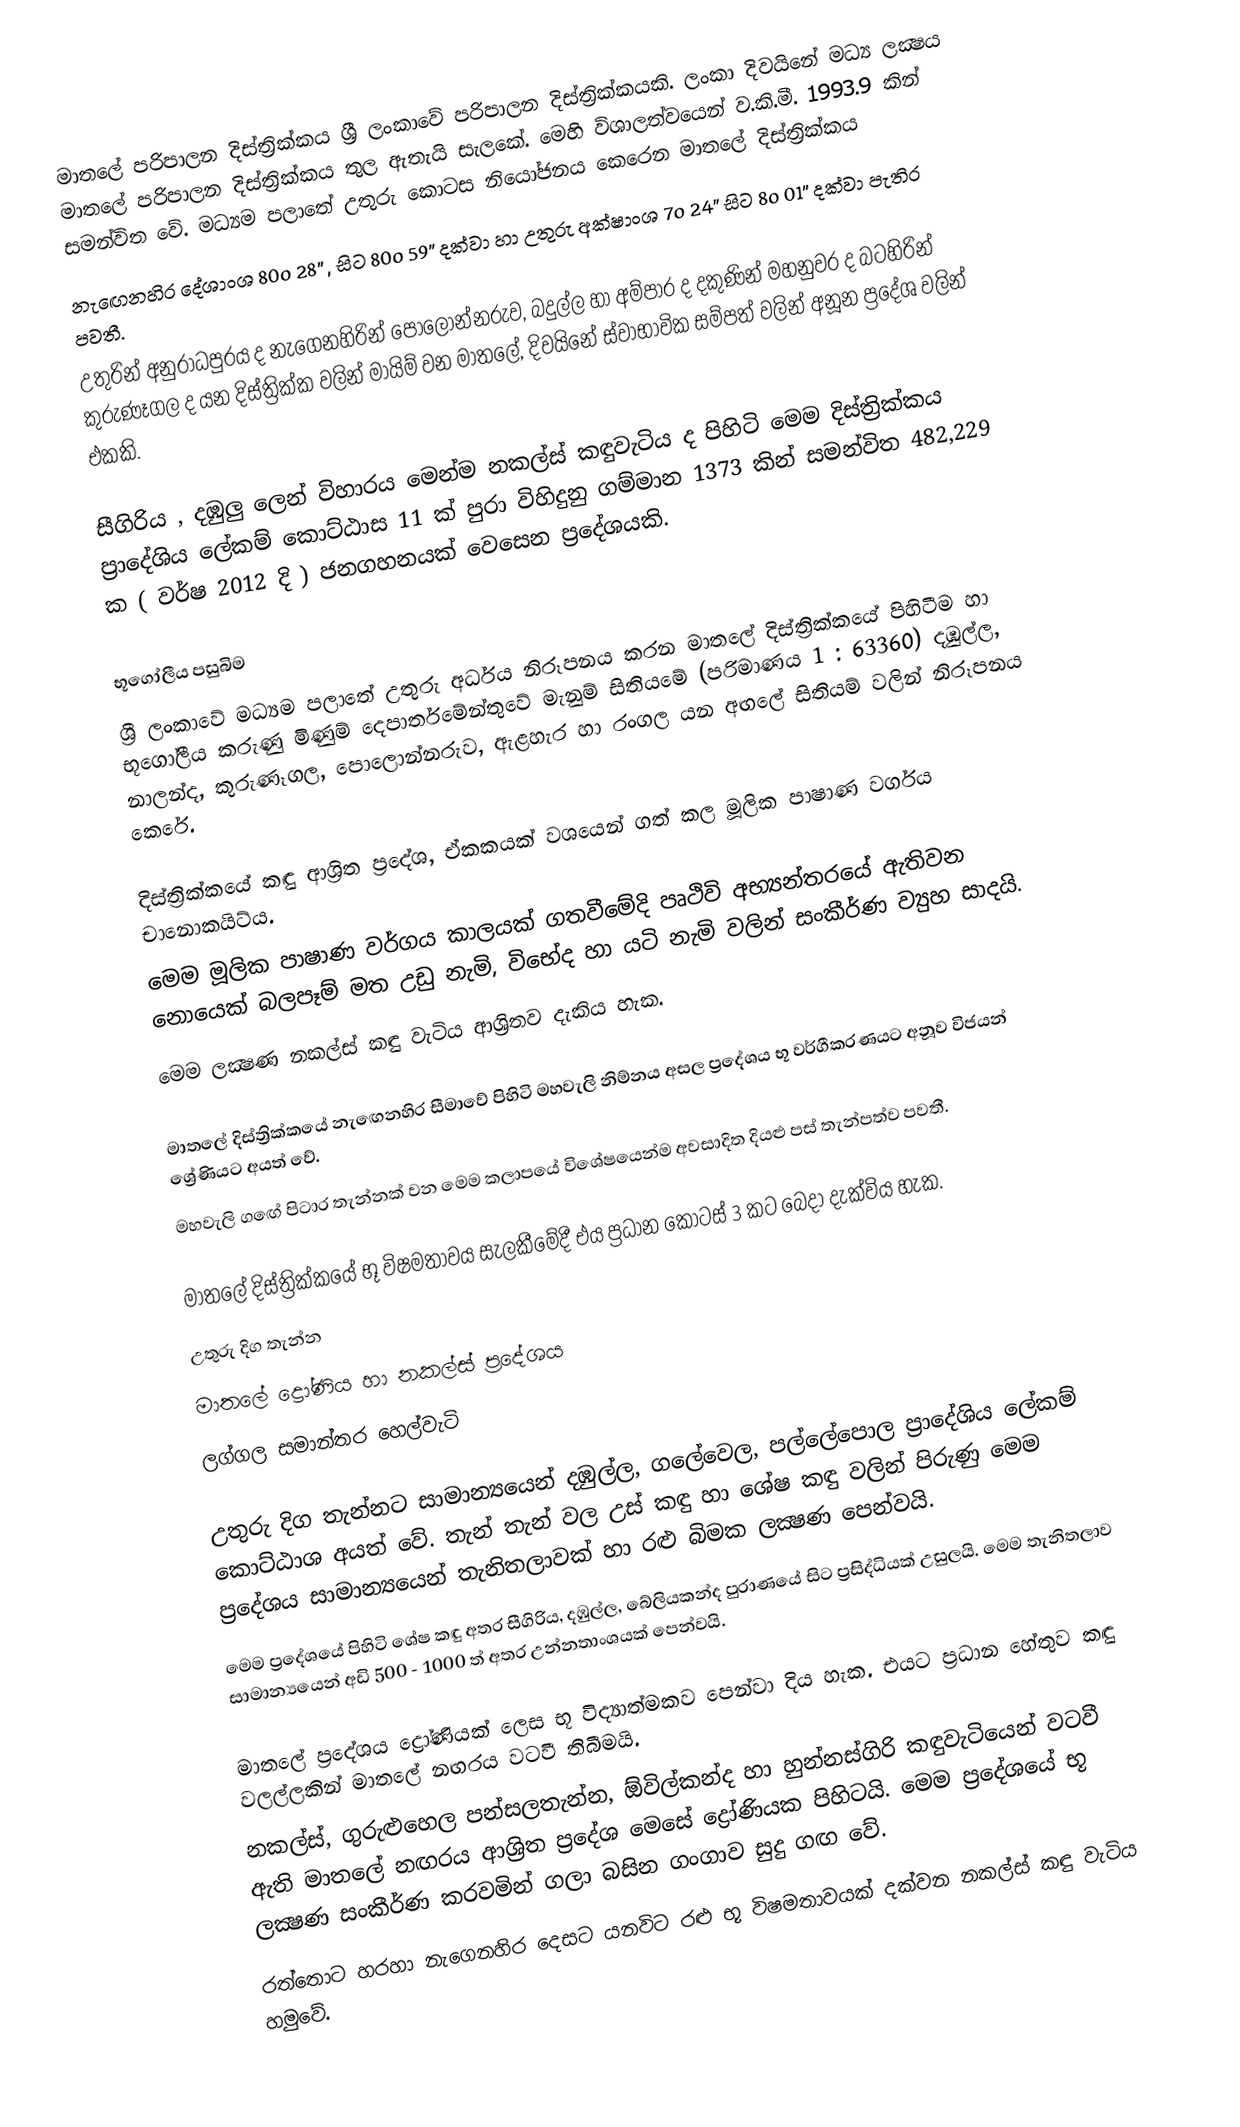
මාතලේ පරිපාලන දිස්ත්‍රික්කය ශ්‍රී ලංකාවේ පරිපාලන දිස්ත්‍රික්කයකි. ලංකා දිවයිනේ මධ්‍ය ලක්‍ෂය මාතලේ පරිපාලන දිස්ත්‍රික්කය තුල ඇතැයි සැලකේ.  මෙහි විශාලත්වයෙන් ව.කි.මී. 1993.9 කින් සමන්විත වේ. මධ්‍යම පලාතේ උතුරු කොටස නියෝජනය කෙරෙන මාතලේ දිස්ත්‍රික්කය
නැ‍ඟෙනහිර දේශාංශ 80º 28” , සිට 80º 59”  දක්වා හා උතුරු අක්ෂාංශ 7º 24” සිට 8º 01” දක්වා පැතිර පවතී.
උතුරින් අනුරාධපුරය ද නැ‍ගෙනහිරින් පොලොන්නරුව, බදුල්ල හා අම්පාර ද දකුණින් මහනුවර ද බටහිරින් කුරුණෑගල ද යන දිස්ත්‍රික්ක වලින් මායිම් වන මාතලේ, දිවයිනේ ස්වාභාවික සම්පත් වලින් අනූන ප්‍රදේශ වලින් එකකි.

සීගිරිය , දඹුලු ලෙන් විහාරය මෙන්ම නකල්ස් කඳුවැටිය ද පිහිටි මෙම දිස්ත්‍රික්කය ප්‍රාදේශිය ලේකම් කොට්ඨාස 11 ක් පුරා විහිදුනු ගම්මාන 1373 කින් සමන්විත 482,229 ක ( වර්ෂ 2012 දි )  ජනගහනයක් වෙසෙන ප්‍රදේශයකි.

භූගෝලීය පසුබිම
ශ්‍රී ලංකාවේ මධ්‍යම පලාතේ උතුරු අර්ධය නිරූපනය කරන මාතලේ දිස්ත්‍රික්කයේ පිහිටීම හා භූගෝලීය කරුණු මිණුම් දෙපාර්තමේන්තුවේ මැනුම් සිතියමේ (පරිමාණය 1 : 63360) දඹුල්ල, නාලන්ද, කුරුණෑගල, පොලොන්නරුව, ඇළහැර හා රංගල යන අඟලේ සිතියම් වලින් නිරූපනය කෙරේ.

දිස්ත්‍රික්කයේ කඳු ආශ්‍රිත ප්‍රදේශ, ඒකකයක් වශයෙන් ගත් කල මූලික පාෂාණ වර්ගය චානොකයිට්ය.
මෙම මූලික පාෂාණ වර්ගය කාලයක් ගතවීමේදි පෘථිවි අභ්‍යන්තරයේ ඇතිවන නොයෙක් බලපෑම් මත උඩු නැමි, විභේද හා යටි නැමි වලින් සංකීර්ණ ව්‍යුහ සාදයි.
මෙම ලක්‍ෂණ නකල්ස් කඳු වැටිය ආශ්‍රිතව දැකිය හැක.

මාතලේ දිස්ත්‍රික්කයේ නැ‍ඟෙනහිර සීමාවේ පිහිටි මහවැලි නිම්නය අසල ප්‍රදේශය භූ වර්ගීකරණයට අනූව විජයන් ශ්‍රේණියට අයත් වේ.
මහවැලි ග‍ඟේ පිටාර තැන්නක් වන මෙම කලාපයේ විශේෂයෙන්ම අවසාදිත දියළු පස් තැන්පත්ව පවතී.

මාතලේ දිස්ත්‍රික්කයේ භූ විෂමතාවය සැලකීමේදී එය ප්‍රධාන කොටස් 3 කට බෙදා දැක්විය හැක.
උතුරු දිග තැන්න
මාතලේ ද්‍රෝණිය හා නකල්ස් ප්‍රදේශය
ලග්ගල සමාන්තර හෙල්වැටි

උතුරු දිග තැන්නට සාමාන්‍යයෙන් දඹුල්ල, ගලේවෙල, පල්ලේපොල ප්‍රාදේශිය ලේකම් කොට්ඨාශ අයත් වේ. තැන් තැන් වල උස් කඳු හා ශේෂ කඳු වලින් පිරුණු මෙම ප්‍රදේශය සාමාන්‍යයෙන් තැනිතලාවක් හා රළු බිමක ලක්‍ෂණ පෙන්වයි.
මෙම ප්‍රදේශයේ පිහිටි ශේෂ කඳු අතර සීගිරිය, දඹුල්ල, බේලියකන්ද පුරාණයේ සිට ප්‍රසිද්ධියක් උසුලයි. මෙම තැනිතලාව සාමාන්‍යයෙන් අඩි 500 - 1000 ත් අතර උන්නතාංශයක් පෙන්වයි.

මාතලේ ප්‍රදේශය ද්‍රෝණියක් ලෙස භූ විද්‍යාත්මකව පෙන්වා දිය හැක. එයට ප්‍රධාන හේතුව කඳු වලල්ලකින් මාතලේ නඟරය වටවී තිබීමයි.
නකල්ස්, ගුරුළුහෙල පන්සලතැන්න, ඕවිල්කන්ද හා හුන්නස්ගිරි කඳුවැටියෙන් වටවී ඇති මාතලේ නඟරය ආශ්‍රිත ප්‍රදේශ මෙසේ ද්‍රෝණියක පිහිටයි. මෙම ප්‍රදේශයේ භූ ලක්‍ෂණ සංකීර්ණ කරවමින් ගලා බසින ගංගාව සුදු ගඟ වේ.
රත්තොට හරහා නැ‍ගෙනහිර දෙසට යනවිට රළු භූ විෂමතාවයක් දක්වන නකල්ස් කඳු වැටිය හමුවේ.